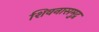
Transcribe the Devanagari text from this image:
शिवनासमुद्र